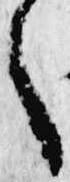
へ